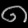
Digit: ၈